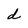
Character: d